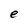
Character: e